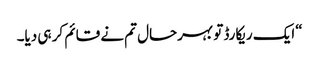
“ایک ریکارڈ تو بہرحال تم نے قائم کر ہی دیا۔